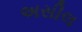
અસીલ